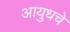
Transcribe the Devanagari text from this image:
आयुधचे